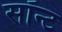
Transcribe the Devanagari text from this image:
सॉन्ट